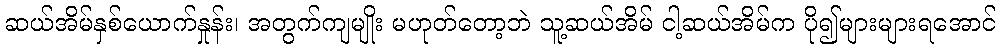
ဆယ်အိမ်နှစ်ယောက်နှုန်း၊ အတွက်ကျမျိုး မဟုတ်တော့ဘဲ သူ့ဆယ်အိမ် ငါ့ဆယ်အိမ်က ပို၍များများရအောင်